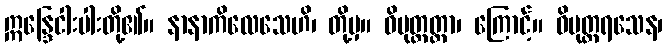
ဣန္ဒြေငါးပါးတို့၏။ နာနာကိလေသေဟိ၊ တို့မှ။ ဝိမုတ္တတ္တာ၊ ကြောင့်။ ဝိမုတ္တရသေန၊